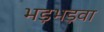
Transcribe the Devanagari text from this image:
भड़भड़वा